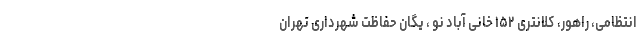
انتظامی، راهور، کلانتری ۱۵۲ خانی آباد نو ، یگان حفاظت شهرداری تهران